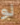
لو